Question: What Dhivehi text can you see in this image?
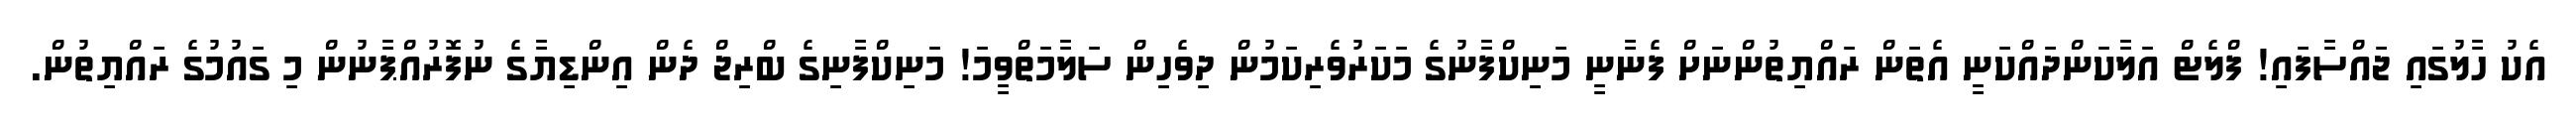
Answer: އެކު ހާލުގައި ޖައްސާފައި! ފްލެޓް އަލާކަންދައްކަނީ އެތަން ރައްޔިތުންނަށް ފެނާނީ މަނިކްފާނުގެ މަކަރުވެރިކަމުން ދިވެހިން ސަލާމަތްވީމަ! މަނިކްފާނިގެ ބްރިޖް ދެން އިންޑިޔާގެ ނުފޮރުއްޕާނުން މި ގައުމުގެ ރައްޔިތުން.